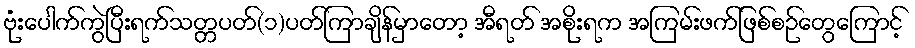
ဗုံးပေါက်ကွဲပြီးရက်သတ္တပတ်(၁)ပတ်ကြာချိန်မှာတော့ အီရတ် အစိုးရက အကြမ်းဖက်ဖြစ်စဉ်တွေကြောင့်